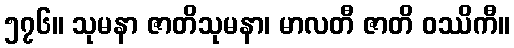
၅၇၆။ သုမနာ ဇာတိသုမနာ၊ မာလတီ ဇာတိ ဝဿိကီ။